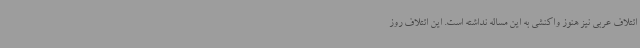
ائتلاف عربی نیز هنوز واکنشی به این مساله نداشته است. این ائتلاف روز